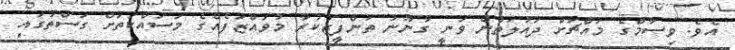
އެވެ. ވިސާމްގެ މައްޗަށް ދައުލަތުން ވަނީ ގާނޫނު ތަންފީޒުކުރާ މުވައްޒަފެއްގެ މަސައްކަތަށް ގަސްތުގައި